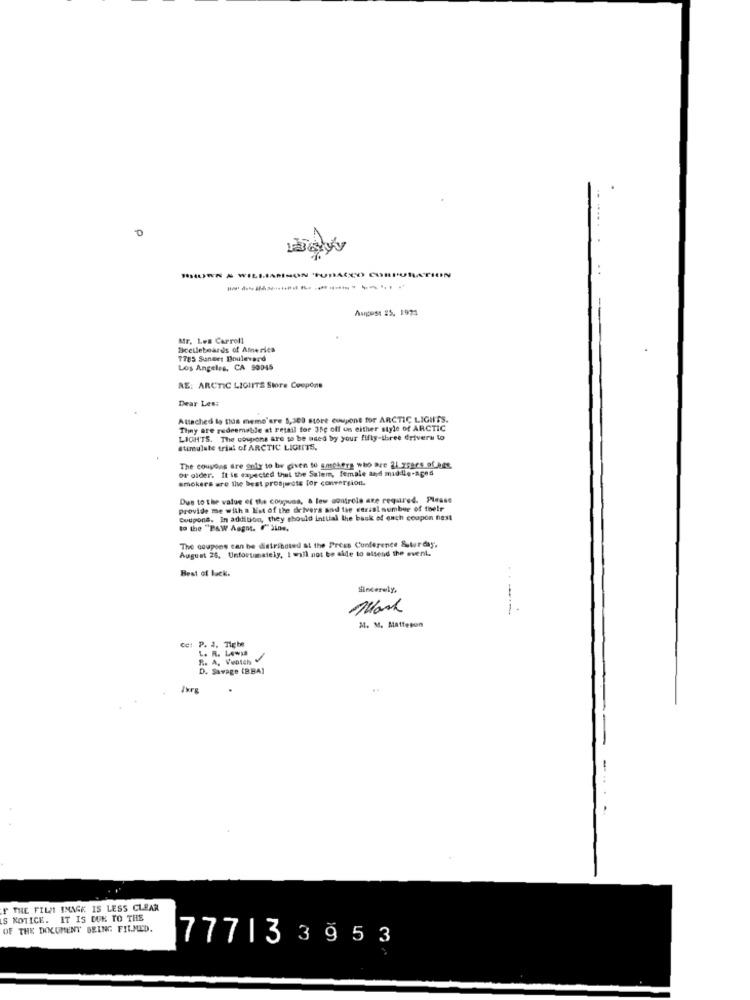
D
HUWN & WILLIASINON TUDACCO CORDUR
August 25, 1974
Mr. Les Carroll
Scelleboards of America
T785 Sunees Boulevard
Los Angeles, CA 90045
RE: ARCTIC LIGIITS Store Coupons
Dear Less
Attached lo thus memo'are 5,300 store coupons for ARCTIC LIGHTS.
They are redeemable at retail for 35c off us either style of ARCTIC
LIGHTS. The coupons are to be used by your fifly-three drivers to
Stimulate trial of ARCTIC LIGHTS.
or older. It is dayected thul the Salem, female and middle-aged
The coupons dre only to be given to smokers who are 21 75204 9fags
smokers are the best prospects for conversion.
Due to the value of the Corpus, & low controle are required. Please
provide me with a List of the drivers and the serial number of their
Coupons. In addition, they should initial the back of enth coupon nest
to the "Paw Asgnt. F"Sine.
The coupees can be distributed at the Press Conference Saturday.
August 25. Unfortunately, I will not be alde to alsend the event.
Best of luck.
Sincerely,
Work
M. M. Matteson
Cet. P. I. Tiche
L. R. Lewis
R. A. Veptah V
D. Savage [BBA)
" THE FILM IMAGE IS LESS CLEAR
S NOTICE. IT IS DUE TO THE
OF THE DOCUMENT BEING FILMED.
77713 3953